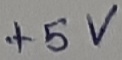
Text: +5V